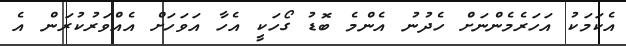
އެކަމަކު އަހަރެމެންނަށް ހެދުނު އެންމެ ބޮޑު ގޯހަކީ އެހާ އަވަހަށް އެއްވަރުކުރަން އެ